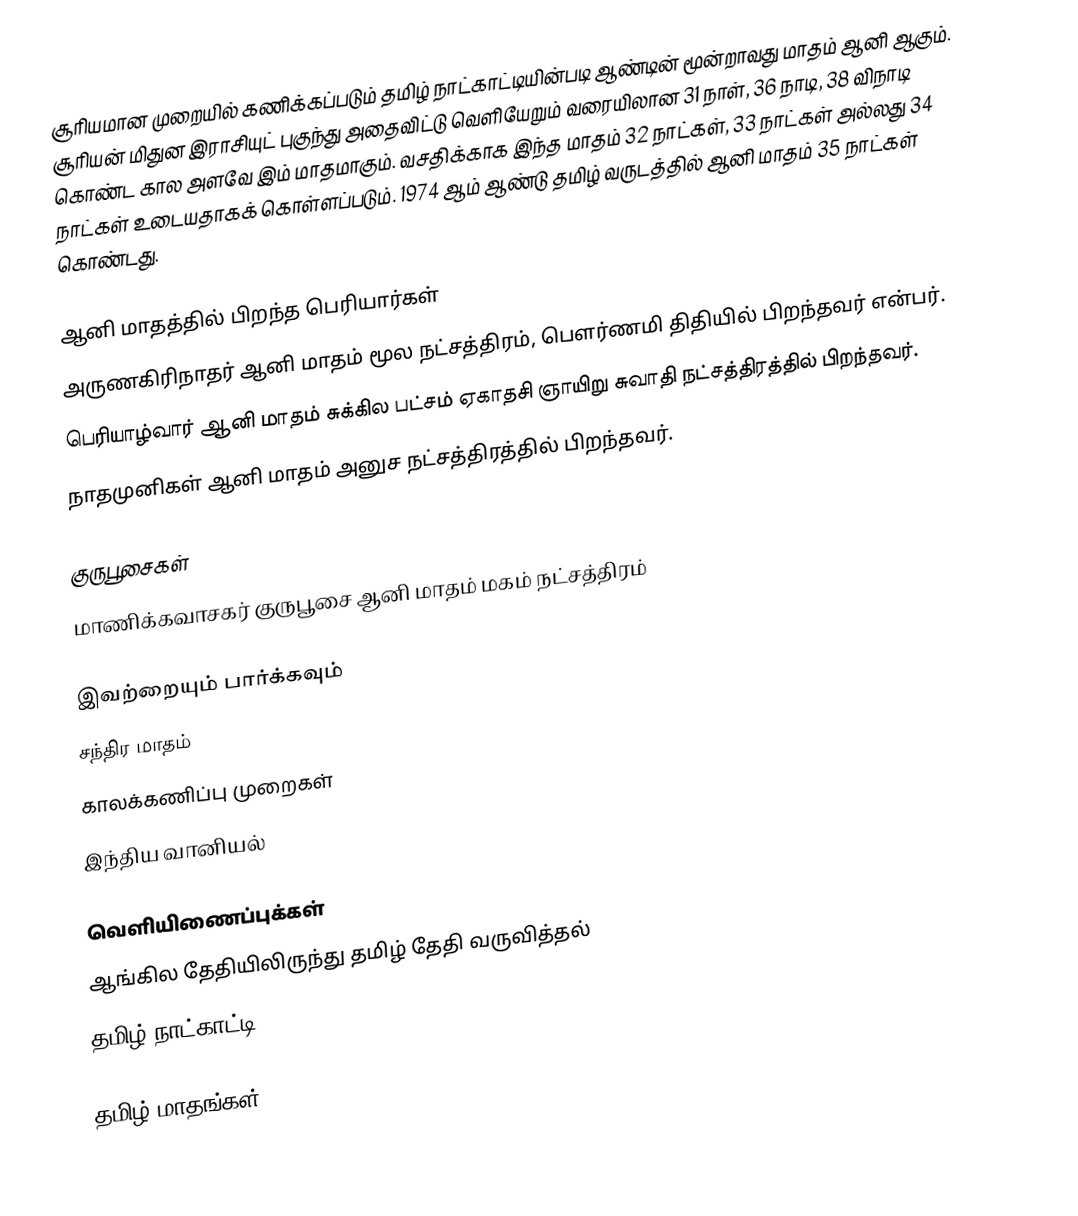
சூரியமான முறையில் கணிக்கப்படும் தமிழ் நாட்காட்டியின்படி ஆண்டின் மூன்றாவது மாதம் ஆனி ஆகும். சூரியன் மிதுன இராசியுட் புகுந்து அதைவிட்டு வெளியேறும் வரையிலான 31 நாள், 36 நாடி, 38 விநாடி கொண்ட கால அளவே இம் மாதமாகும். வசதிக்காக இந்த மாதம் 32 நாட்கள், 33 நாட்கள் அல்லது 34 நாட்கள்  உடையதாகக் கொள்ளப்படும். 1974 ஆம் ஆண்டு தமிழ் வருடத்தில் ஆனி மாதம் 35 நாட்கள் கொண்டது.

ஆனி மாதத்தில் பிறந்த பெரியார்கள்
அருணகிரிநாதர் ஆனி மாதம் மூல நட்சத்திரம், பௌர்ணமி திதியில் பிறந்தவர் என்பர்.
பெரியாழ்வார் ஆனி மாதம் சுக்கில பட்சம் ஏகாதசி ஞாயிறு சுவாதி நட்சத்திரத்தில் பிறந்தவர்.
நாதமுனிகள் ஆனி மாதம் அனுச நட்சத்திரத்தில் பிறந்தவர்.

குருபூசைகள்
மாணிக்கவாசகர் குருபூசை ஆனி மாதம் மகம் நட்சத்திரம்

இவற்றையும் பார்க்கவும்
 சந்திர மாதம்
 காலக்கணிப்பு முறைகள்
 இந்திய வானியல்

வெளியிணைப்புக்கள்
ஆங்கில தேதியிலிருந்து தமிழ் தேதி வருவித்தல்
தமிழ் நாட்காட்டி

தமிழ் மாதங்கள்